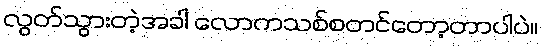
လွတ်သွားတဲ့အခါ လောကသစ်စတင်တော့တာပါပဲ။